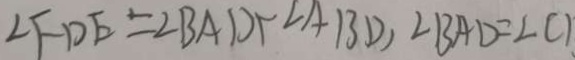
\angle F D E = \angle B A D + \angle A B D , \angle B A D = \angle C